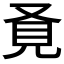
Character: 𧠈